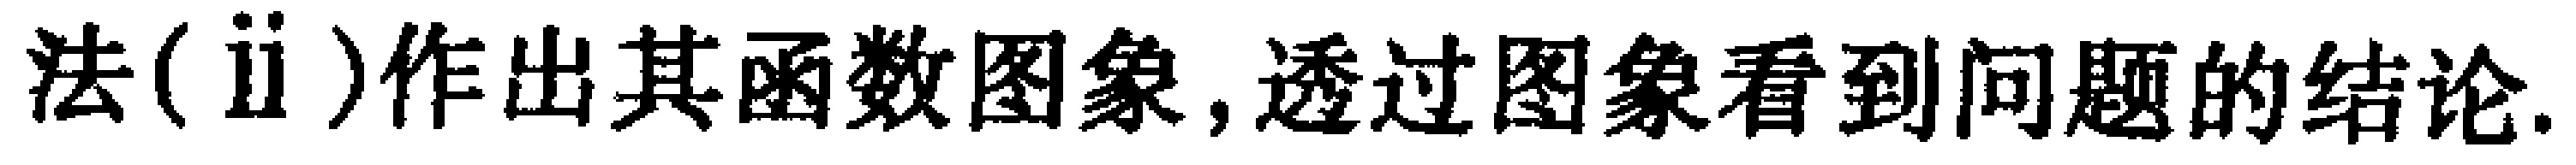
法(ii)作出其函数图象,透过图象看到问题的结论.